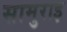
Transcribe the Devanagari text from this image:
सामुराइ